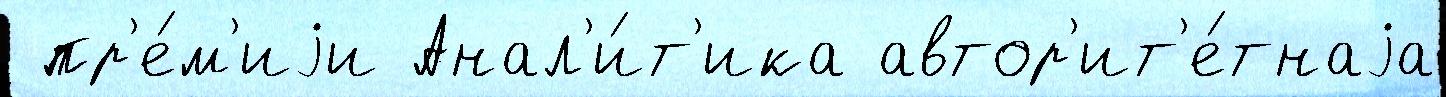
 пр'е́м'иjи Анал'и́т'ика автор'ит'е́тнаjа